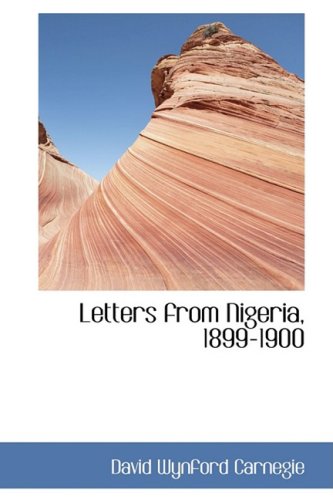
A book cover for Letters from Nigeria, 1899-1900; David Wynford Carnegie; History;